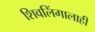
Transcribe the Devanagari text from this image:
शिवलिंगालाही